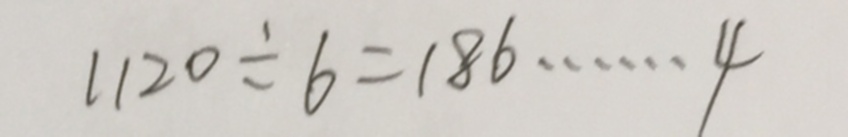
1 1 2 0 \div 6 = 1 8 6 \dot s \dot s 4